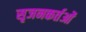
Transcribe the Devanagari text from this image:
सृजनकर्तओं